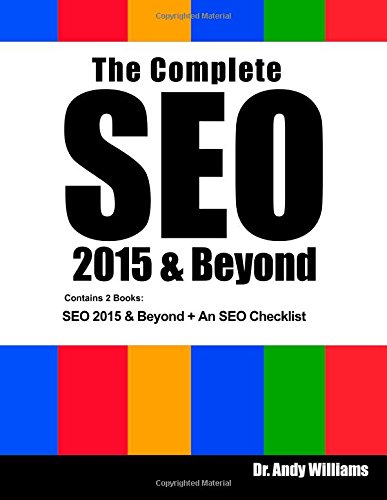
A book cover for The Complete SEO 2015 & Beyond: SEO 2015 & Beyond + An SEO Checklist; Dr. Andy Williams; Computers & Technology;